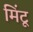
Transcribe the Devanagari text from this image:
मिंटू